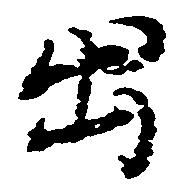
出